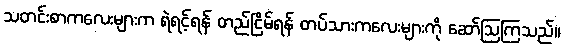
သတင်းစာကလေးများက ရဲရင့်ရန် တည်ငြိမ်ရန် တပ်သားကလေးများကို ဆော်ဩကြသည်။